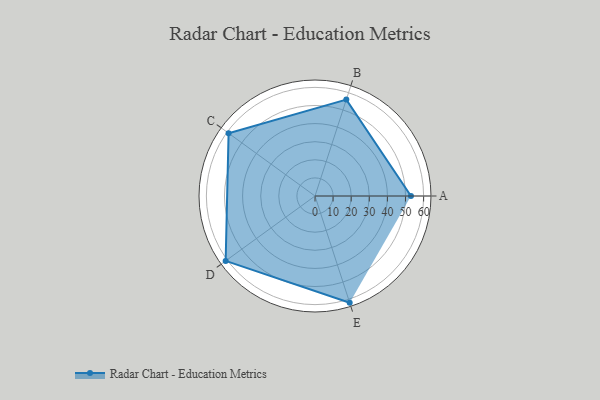
{"axis": {"x": "Skill", "y": "Score"}, "legend": ["Profile"], "data": [{"x": "A", "y": 53.0, "type": "Profile"}, {"x": "B", "y": 56.0, "type": "Profile"}, {"x": "C", "y": 59.0, "type": "Profile"}, {"x": "D", "y": 61.0, "type": "Profile"}, {"x": "E", "y": 62.0, "type": "Profile"}]}